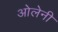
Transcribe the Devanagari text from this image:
ओलेनी